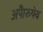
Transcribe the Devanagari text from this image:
अपाेेैरुषेय